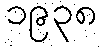
၁၉၃၈